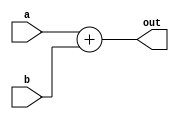
module adder (a, b, out);
    input [7:0] a, b;
    output [7:0] out;
    assign out = a + b;    
endmodule